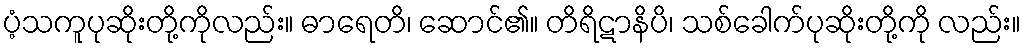
ပံ့သကူပုဆိုးတို့ကိုလည်း။ ဓာရေတိ၊ ဆောင်၏။ တိရိဋာနိပိ၊ သစ်ခေါက်ပုဆိုးတို့ကို လည်း။